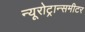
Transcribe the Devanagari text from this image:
न्यूरोट्रान्समीटर